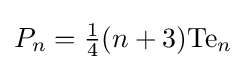
P_{n}={\tfrac {1}{4}}(n+3)\mathrm {Te} _{n}